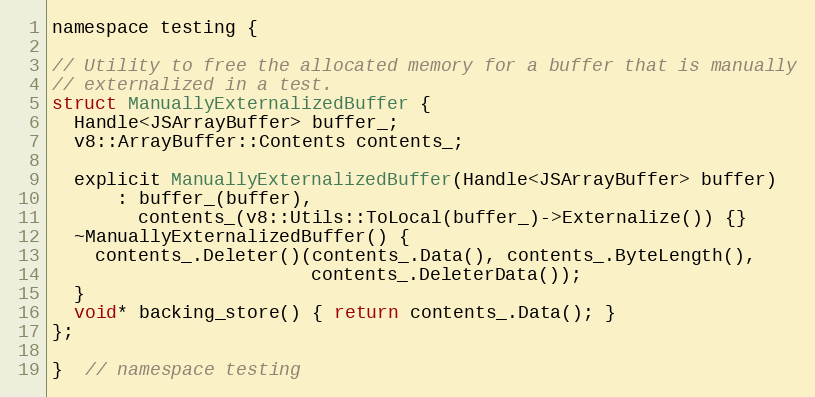
Language: C
namespace testing {

// Utility to free the allocated memory for a buffer that is manually
// externalized in a test.
struct ManuallyExternalizedBuffer {
  Handle<JSArrayBuffer> buffer_;
  v8::ArrayBuffer::Contents contents_;

  explicit ManuallyExternalizedBuffer(Handle<JSArrayBuffer> buffer)
      : buffer_(buffer),
        contents_(v8::Utils::ToLocal(buffer_)->Externalize()) {}
  ~ManuallyExternalizedBuffer() {
    contents_.Deleter()(contents_.Data(), contents_.ByteLength(),
                        contents_.DeleterData());
  }
  void* backing_store() { return contents_.Data(); }
};

}  // namespace testing